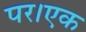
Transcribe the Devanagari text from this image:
पर।एक